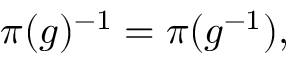
\pi ( g ) ^ { - 1 } = \pi ( g ^ { - 1 } ) ,